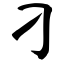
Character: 刁